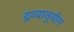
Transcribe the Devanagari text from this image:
द्रव्यानुयोग